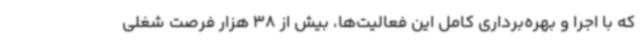
که با اجرا و بهره‌برداری کامل این فعالیت‌ها، بیش از 38 هزار فرصت شغلی